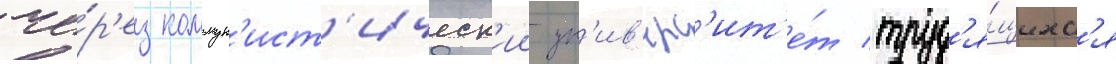
че́р'ез коммун'ист'ическ'ии ун'ив'ерс'ит'е́т труд'я́щихс'я